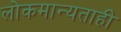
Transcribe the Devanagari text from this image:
लोकमान्यताही